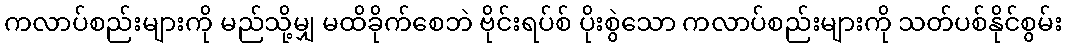
ကလာပ်စည်းများကို မည်သို့မျှ မထိခိုက်စေဘဲ ဗိုင်းရပ်စ် ပိုးစွဲသော ကလာပ်စည်းများကို သတ်ပစ်နိုင်စွမ်း